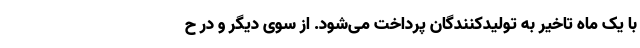
با یک ماه تاخیر به تولیدکنندگان پرداخت می‌شود. از سوی دیگر و در ح